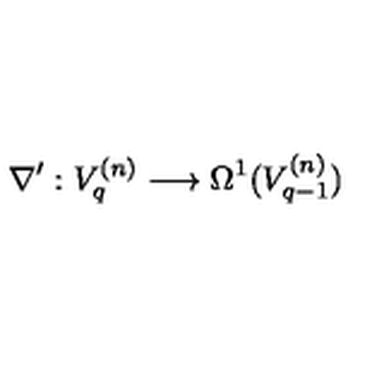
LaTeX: \nabla ^ { \prime } : V _ { q } ^ { ( n ) } \longrightarrow \Omega ^ { 1 } ( V _ { q - 1 } ^ { ( n ) } )